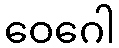
ဝေဂေါ